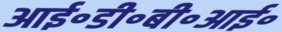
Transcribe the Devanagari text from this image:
आई॰डी॰बी॰आई॰